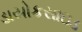
ડાયોકસાઇડ